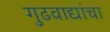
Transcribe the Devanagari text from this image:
गुढवाद्यांचा